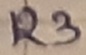
Text: R3